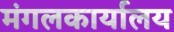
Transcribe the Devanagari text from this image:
मंगलकार्यालय